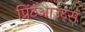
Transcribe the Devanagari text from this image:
प्रिंटआउट्स